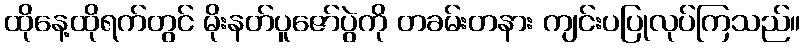
ထိုနေ့ထိုရက်တွင် မိုးနတ်ပူဇော်ပွဲကို တခမ်းတနား ကျင်းပပြုလုပ်ကြသည်။